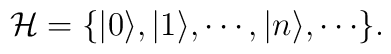
{\cal H} = \{ |0\rangle, |1\rangle, \cdots, |n\rangle, \cdots \}.